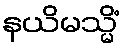
နယိမသ္မိံ